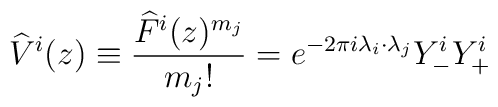
\widehat{V}^{i}(z)\equiv \frac{\widehat{F}^{i}(z)^{m_{j}}}{m_{j}!}=e^{-2\pi i\lambda _{i}\cdot \lambda _{j}}Y^{i}_{-}Y^{i}_{+}